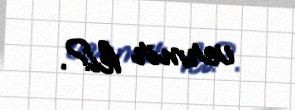
vermir ki?.